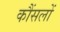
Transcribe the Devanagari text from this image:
कौंसलों